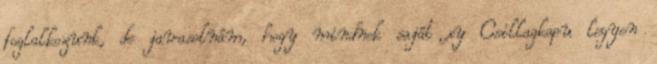
foglalkozunk, de javasolnám, hogy mindnek saját xy Csillagkapu legyen